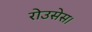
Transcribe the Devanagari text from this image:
रोउसेस।